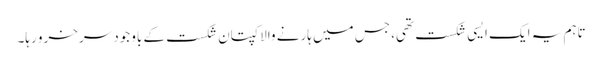
تاہم یہ ایک ایسی شکست تھی، جس میں ہارنے والا کپتان شکست کے باوجود سرخرو رہا۔